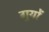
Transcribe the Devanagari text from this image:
गुयों